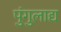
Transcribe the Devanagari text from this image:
पुंगुलाद्य